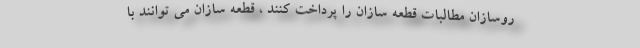
روسازان مطالبات قطعه سازان را پرداخت کنند ، قطعه سازان می توانند با